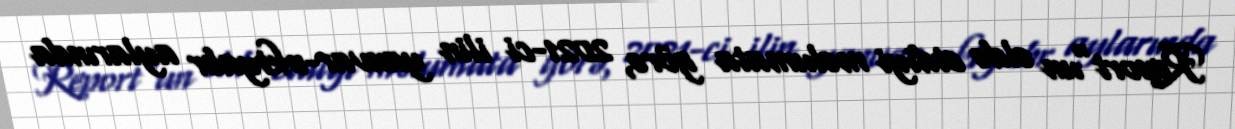
Report"un əldə etdiyi məlumata görə, 2021-ci ilin yanvar-oktyabr aylarında